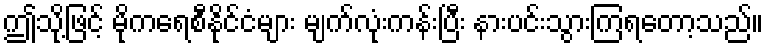
ဤသို့ဖြင့် မိုကရေစီနိုင်ငံများ မျက်လုံးကန်းပြီး နားပင်းသွားကြရတော့သည်။